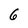
Character: 6